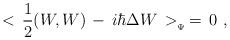
LaTeX: \begin{align*}<\,{1\over 2}(W,W)\, - \, i\hbar\Delta W\,>_{_{\Psi}}\,=\,0\,\,,\end{align*}